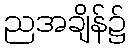
ညအချိန်၌